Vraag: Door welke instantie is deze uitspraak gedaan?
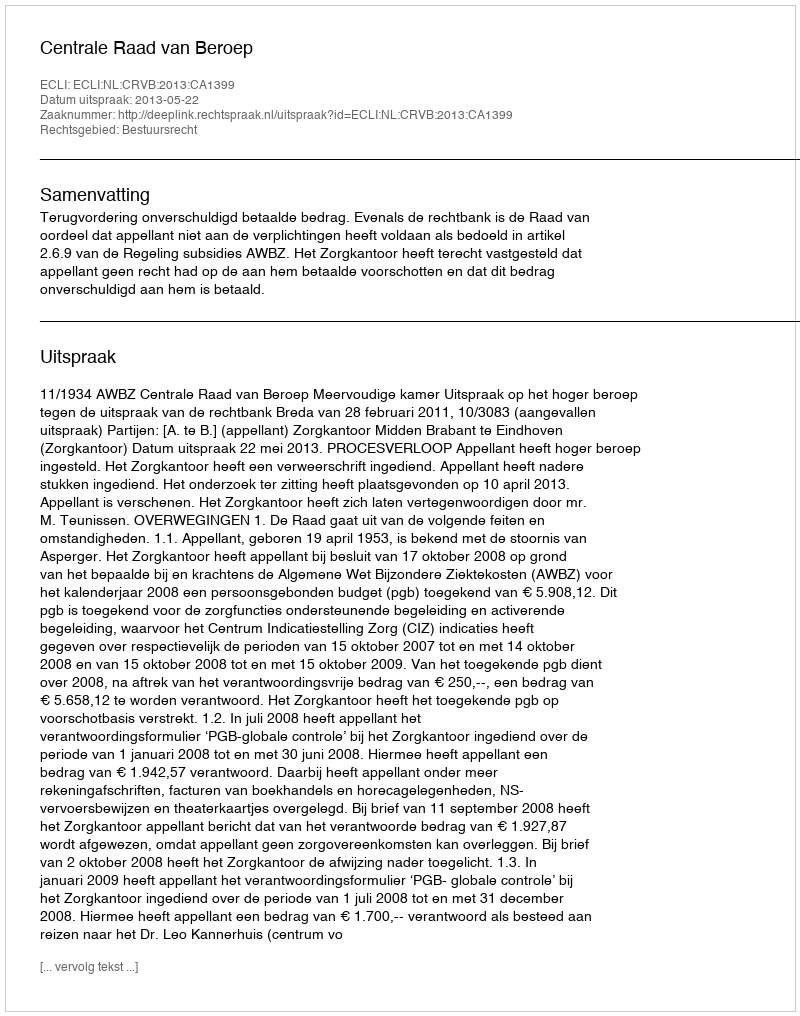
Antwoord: Centrale Raad van Beroep